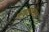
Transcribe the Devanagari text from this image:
अगुकाडोरा